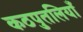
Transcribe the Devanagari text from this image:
कठपुतलियाँ